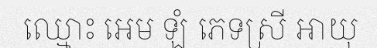
ឈ្មោះ អេម ឡំ ភេទស្រី អាយុ